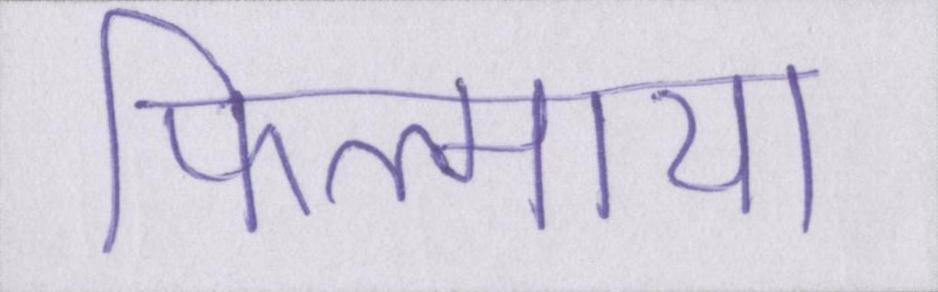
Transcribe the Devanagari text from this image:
फिल्माया